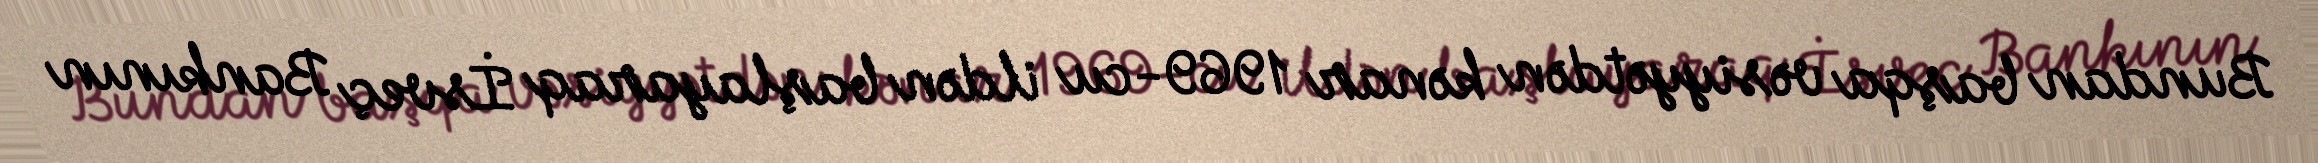
Bundan başqa vəsiyyətdən kənar 1969-cu ildən başlayaraq İsveç Bankının